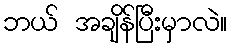
ဘယ် အချိန်ပြီးမှာလဲ။